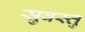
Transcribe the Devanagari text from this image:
सुवस्तु